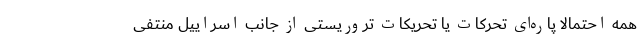
همه احتمالا پاره‌ای تحرکات یا تحریکات تروریستی از جانب اسراییل منتفی